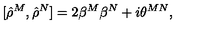
[ { \hat { \rho } } ^ { M } , { \hat { \rho } } ^ { N } ] = 2 \beta ^ { M } \beta ^ { N } + i \theta ^ { M N } ,